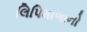
લિપિમાળાનો